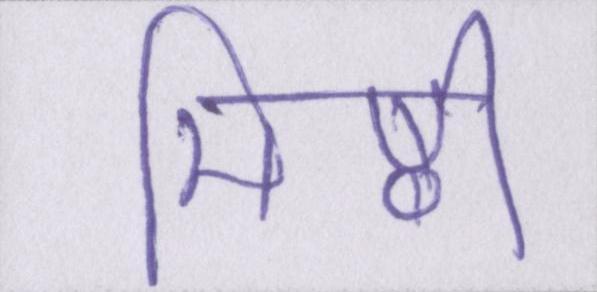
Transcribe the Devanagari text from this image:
मिष्ठी